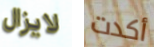
لايزال أكدت